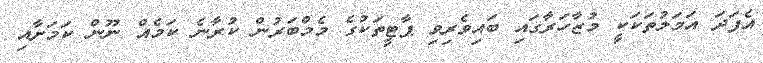
އެފަދަ އަމަލުތަކަކީ މުޒާހަރާގައި ބައިވެރިވި ޕާޓީތަކުގެ މެމްބަރުން ކުރާނެ ކަމެއް ނޫން ކަމަށާއި